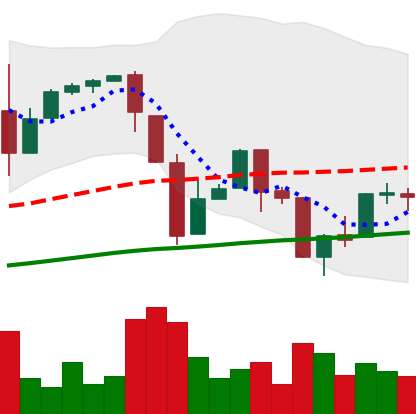
Ticker: BTC-USD
Chart end date: 2017-03-29
Forward return: 9.985%
Label: up_7plus